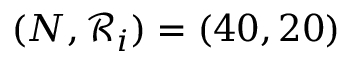
( N , \mathcal { R } _ { i } ) = ( 4 0 , 2 0 )